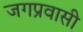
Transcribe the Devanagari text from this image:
जगप्रवासी